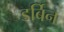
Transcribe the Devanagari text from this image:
डर्बिन